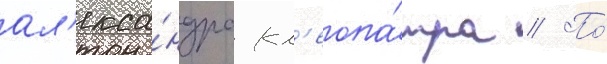
ал'екса́ндра кл'еопа́тра // По́